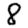
Digit: 8